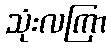
သုံးလကြာ